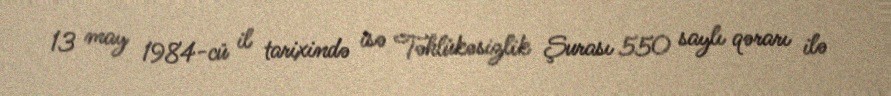
13 may 1984-cü il tarixində isə Təhlükəsizlik Şurası 550 saylı qərarı ilə